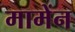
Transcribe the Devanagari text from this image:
मामेंन